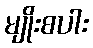
မျိုးစပါး